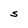
Character: S